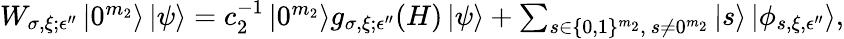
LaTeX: \begin{array}{r}{W_{\sigma,\xi;\epsilon^{\prime\prime}}\left|0^{m_{2}}\right\rangle\left|\psi\right\rangle=c_{2}^{-1}\left|0^{m_{2}}\right\rangle g_{\sigma,\xi;\epsilon^{\prime\prime}}(H)\left|\psi\right\rangle+\sum_{s\in\{ 0,1\} ^{m_{2}},~s\neq 0^{m_{2}}}\left|s\right\rangle\left|\phi_{s,\xi,\epsilon^{\prime\prime}}\right\rangle,}\end{array}